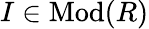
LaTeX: I\in{\mathrm{Mod}}(R)